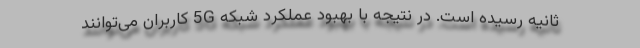
ثانیه رسیده است. در نتیجه با بهبود عملکرد شبکه 5G کاربران می‌توانند